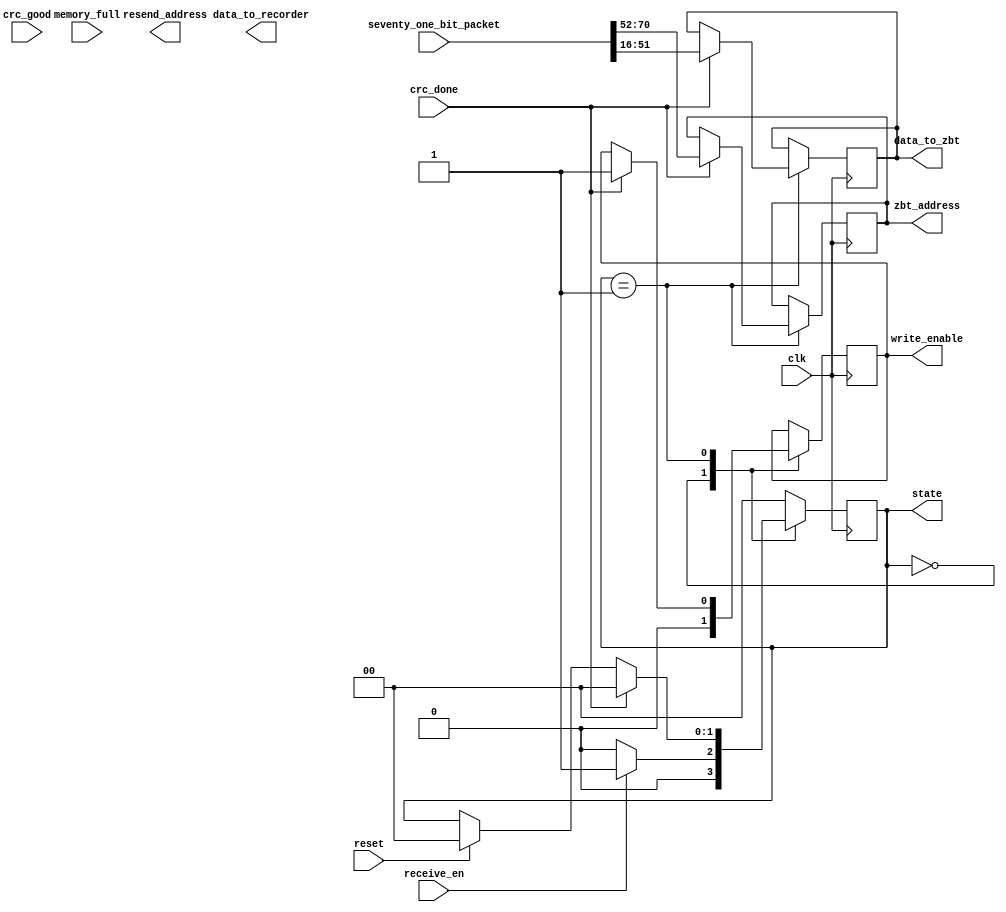
`timescale 1ns / 1ps
//////////////////////////////////////////////////////////////////////////////////
// Company: 
// Engineer: 
// 
// Design Name: 
// Module Name:    transmitterNew 
// Project Name: 
// Target Devices: 
// Tool versions: 
// Description: 
//
// Dependencies: 
//
// Revision: 
// Revision 0.01 - File Created
// Additional Comments: 
//
//////////////////////////////////////////////////////////////////////////////////
module receiverNew(
    input clk,
    input reset,
	 input [70:0] seventy_one_bit_packet,  //Will include the crc tail. So we need make sure to strip that off
    input crc_done,
	 input crc_good,
	 input memory_full,
	 input receive_en,
	 output reg [1:0] state,
	 output reg [35:0] data_to_recorder,
	 output reg [35:0] data_to_zbt,
	 output reg [18:0] zbt_address,
	 output reg [18:0] resend_address,
	 output reg write_enable
    );
		

	parameter idle = 0;
	parameter receiveData = 1;

	
	//reg [5:0] counter; 
	//reg [4:0] crc_counter;
	reg [18:0] last_good_address=0;

	always @(posedge clk) begin
	
		if (reset) begin
			state <= idle;
		end
		
		case (state)  
		
			idle: begin 
				state <= idle;
				write_enable <= 0;
				if (receive_en) begin 
					state <= receiveData;
				end
			end 
				
			receiveData: begin
				
				
				if (crc_done) begin
					//if (crc_good) begin 
						zbt_address <= seventy_one_bit_packet[70:52];
						data_to_zbt <= seventy_one_bit_packet[51:16];
						last_good_address <= seventy_one_bit_packet[70:52]; //Save this last beautiful address;
						write_enable<=1;
						state<= idle;

						//end 
						
					//if (~crc_good) begin //else 
					//	resend_address <= last_good_address + 1; //CHECK THIS LINE'S VALIDITY!
					//	state<= idle;
					//	end 
			end
			
			end
			
			default: state <= idle;

		endcase
		
	end 

endmodule